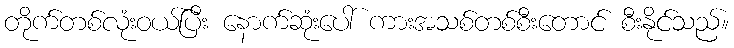
တိုက်တစ်လုံးဝယ်ပြီး နောက်ဆုံးပေါ် ကားအသစ်တစ်စီးတောင် စီးနိုင်သည်။